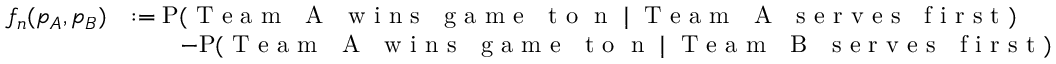
\begin{array} { r l } { f _ { n } ( p _ { A } , p _ { B } ) } & { : = \mathrm { P } ( \mathrm { \textnormal { T e a m ~ A ~ w i n s ~ g a m e ~ t o } ~ n ~ } \mid \mathrm { \textnormal { T e a m ~ A ~ s e r v e s ~ f i r s t } } ) } \\ & { \qquad - \mathrm { P } ( \mathrm { \textnormal { T e a m ~ A ~ w i n s ~ g a m e ~ t o } ~ n ~ } \mid \mathrm { \textnormal { T e a m ~ B ~ s e r v e s ~ f i r s t } } ) } \end{array}